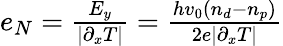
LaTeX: \begin{array}{r}{e_{N}={\frac{E_{y}}{|\partial_{x}T|}}={\frac{hv_{0}(n_{d}-n_{p})}{2e|\partial_{x}T|}}}\end{array}